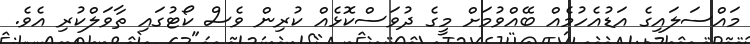
މައްސަލައިގެ އަޑުއެހުމެއް ބޭއްވުމަށް މީގެ ދުވަސްކޮޅެއް ކުރިން ވެސް ކޯޓުގައި ތާވަލްކުރި އެވެ.